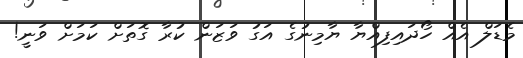
މެޑަލް އެއް ހޯދައިފިއްޔާ ޔާމިނުގެ އަގު ވަޒަން ކުރާ ގޮތަށް ކަމަށް ވަނީ!